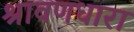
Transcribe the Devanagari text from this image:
श्रावणधारा